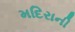
મદિરાની